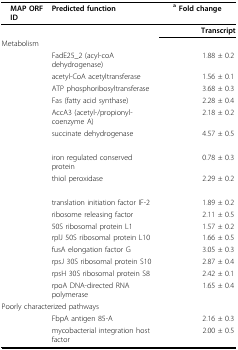
<table><thead><tr><td>[EMPTY_CELL]</td><td><b>MAP ORF ID</b></td><td><b>Predicted function</b></td><td colspan="2"><b><sup>a </sup>Fold change</b></td></tr></thead><tbody><tr><td>[EMPTY_CELL]</td><td>[EMPTY_CELL]</td><td>[EMPTY_CELL]</td><td>[EMPTY_CELL]</td><td><b>Transcript</b></td></tr><tr><td colspan="5">Metabolism</td></tr><tr><td>[EMPTY_CELL]</td><td>[EMPTY_CELL]</td><td>FadE25_2 (acyl-coA dehydrogenase)</td><td>[EMPTY_CELL]</td><td>1.88 ± 0.2</td></tr><tr><td>[EMPTY_CELL]</td><td>[EMPTY_CELL]</td><td>acetyl-CoA acetyltransferase</td><td>[EMPTY_CELL]</td><td>1.56 ± 0.1</td></tr><tr><td>[EMPTY_CELL]</td><td>[EMPTY_CELL]</td><td>ATP phosphoribosyltransferase</td><td>[EMPTY_CELL]</td><td>3.68 ± 0.3</td></tr><tr><td>[EMPTY_CELL]</td><td>[EMPTY_CELL]</td><td>Fas (fatty acid synthase)</td><td>[EMPTY_CELL]</td><td>2.28 ± 0.4</td></tr><tr><td>[EMPTY_CELL]</td><td>[EMPTY_CELL]</td><td>AccA3 (acetyl-/propionyl-coenzyme A)</td><td>[EMPTY_CELL]</td><td>2.18 ± 0.2</td></tr><tr><td>[EMPTY_CELL]</td><td>[EMPTY_CELL]</td><td>succinate dehydrogenase</td><td>[EMPTY_CELL]</td><td>4.57 ± 0.5</td></tr><tr><td colspan="5">[EMPTY_CELL]</td></tr><tr><td>[EMPTY_CELL]</td><td>[EMPTY_CELL]</td><td>iron regulated conserved protein</td><td>[EMPTY_CELL]</td><td>0.78 ± 0.3</td></tr><tr><td>[EMPTY_CELL]</td><td>[EMPTY_CELL]</td><td>thiol peroxidase</td><td>[EMPTY_CELL]</td><td>2.29 ± 0.2</td></tr><tr><td colspan="5">[EMPTY_CELL]</td></tr><tr><td>[EMPTY_CELL]</td><td>[EMPTY_CELL]</td><td>translation initiation factor IF-2</td><td>[EMPTY_CELL]</td><td>1.89 ± 0.2</td></tr><tr><td>[EMPTY_CELL]</td><td>[EMPTY_CELL]</td><td>ribosome releasing factor</td><td>[EMPTY_CELL]</td><td>2.11 ± 0.5</td></tr><tr><td>[EMPTY_CELL]</td><td>[EMPTY_CELL]</td><td>50S ribosomal protein L1</td><td>[EMPTY_CELL]</td><td>1.57 ± 0.2</td></tr><tr><td>[EMPTY_CELL]</td><td>[EMPTY_CELL]</td><td>rplJ 50S ribosomal protein L10</td><td>[EMPTY_CELL]</td><td>1.66 ± 0.5</td></tr><tr><td>[EMPTY_CELL]</td><td>[EMPTY_CELL]</td><td>fusA elongation factor G</td><td>[EMPTY_CELL]</td><td>3.05 ± 0.3</td></tr><tr><td>[EMPTY_CELL]</td><td>[EMPTY_CELL]</td><td>rpsJ 30S ribosomal protein S10</td><td>[EMPTY_CELL]</td><td>2.87 ± 0.4</td></tr><tr><td>[EMPTY_CELL]</td><td>[EMPTY_CELL]</td><td>rpsH 30S ribosomal protein S8</td><td>[EMPTY_CELL]</td><td>2.42 ± 0.1</td></tr><tr><td>[EMPTY_CELL]</td><td>[EMPTY_CELL]</td><td>rpoA DNA-directed RNA polymerase</td><td>[EMPTY_CELL]</td><td>1.65 ± 0.4</td></tr><tr><td colspan="5">Poorly characterized pathways</td></tr><tr><td>[EMPTY_CELL]</td><td>[EMPTY_CELL]</td><td>FbpA antigen 85-A</td><td>[EMPTY_CELL]</td><td>2.16 ± 0.3</td></tr><tr><td>[EMPTY_CELL]</td><td>[EMPTY_CELL]</td><td>mycobacterial integration host factor</td><td>[EMPTY_CELL]</td><td>2.00 ± 0.5</td></tr></tbody></table>